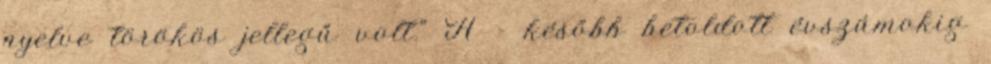
nyelve törökös jellegű volt." A - később betoldott évszámokig